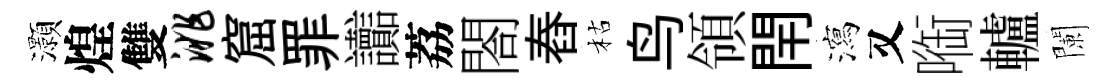
灝煌雙洮窟罪讟荔閤舂枯鸟領閈瀉又㗸轤闌